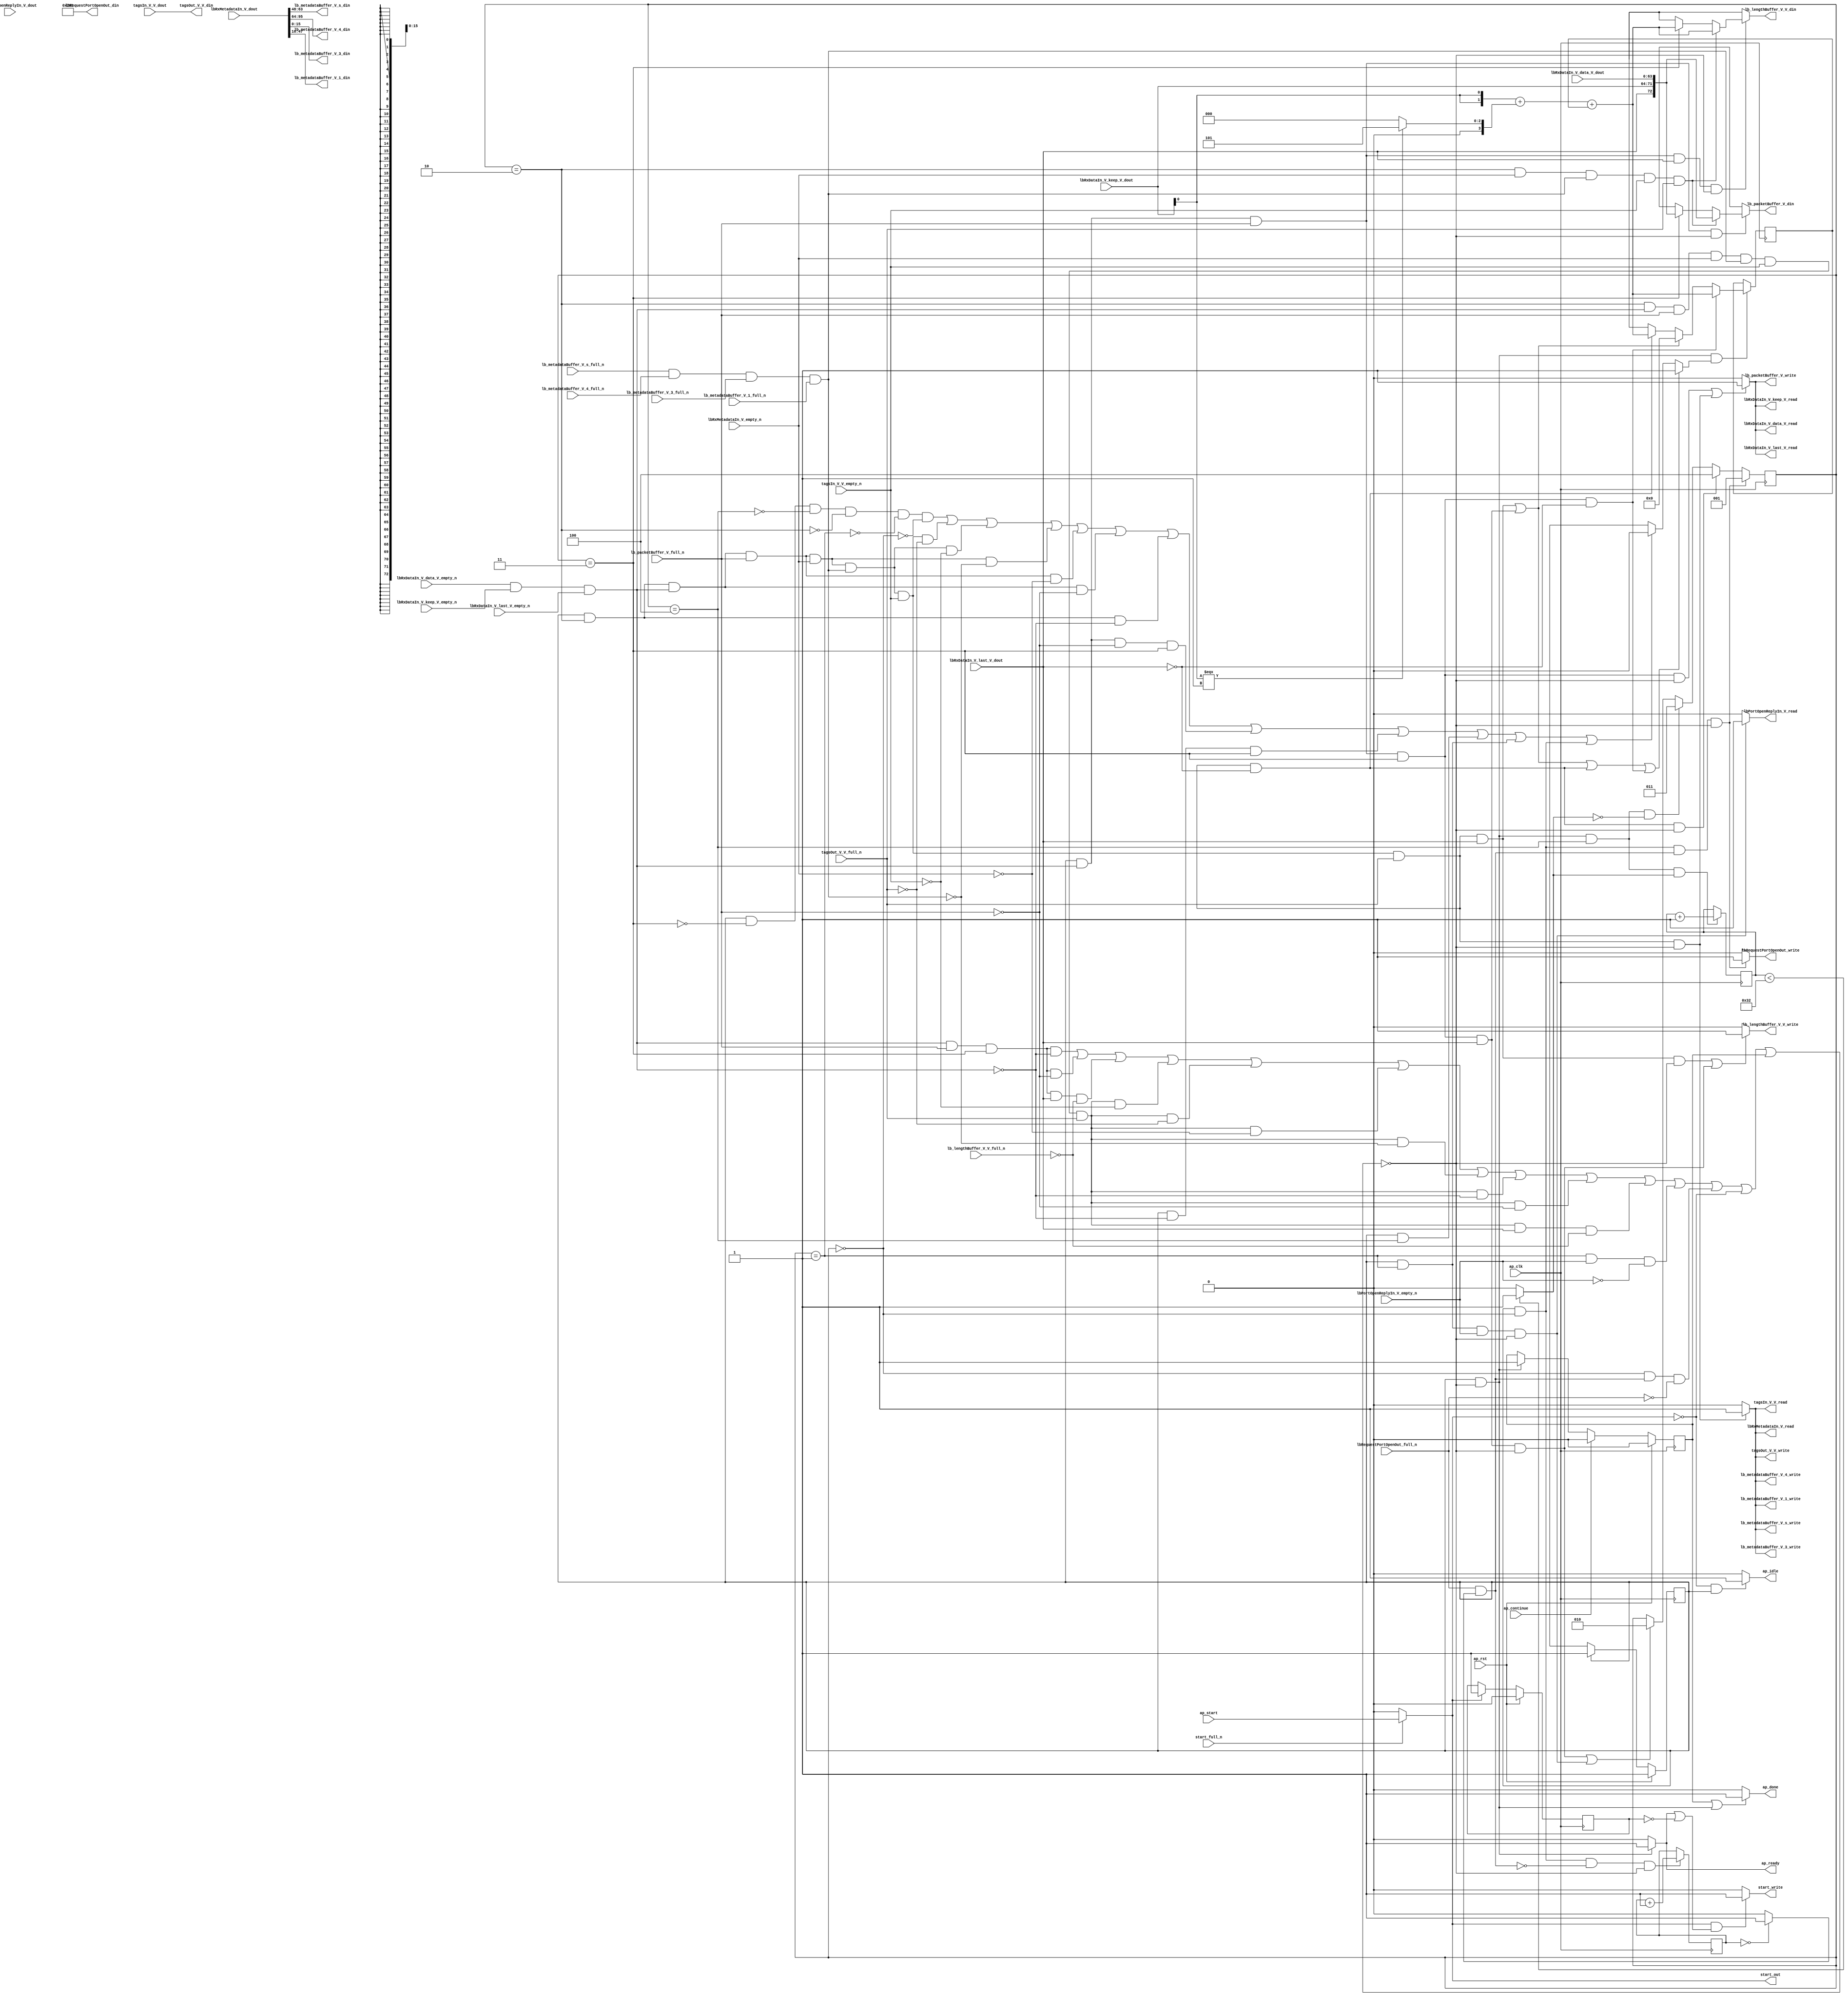
// ==============================================================
// RTL generated by Vivado(TM) HLS - High-Level Synthesis from C, C++ and SystemC
// Version: 2016.3
// Copyright (C) 1986-2016 Xilinx, Inc. All Rights Reserved.
// 
// ===========================================================

`timescale 1 ns / 1 ps 

module rxPath (
        ap_clk,
        ap_rst,
        ap_start,
        start_full_n,
        ap_done,
        ap_continue,
        ap_idle,
        ap_ready,
        start_out,
        start_write,
        lbRxDataIn_V_data_V_dout,
        lbRxDataIn_V_data_V_empty_n,
        lbRxDataIn_V_data_V_read,
        lbRxDataIn_V_keep_V_dout,
        lbRxDataIn_V_keep_V_empty_n,
        lbRxDataIn_V_keep_V_read,
        lbRxDataIn_V_last_V_dout,
        lbRxDataIn_V_last_V_empty_n,
        lbRxDataIn_V_last_V_read,
        lbRxMetadataIn_V_dout,
        lbRxMetadataIn_V_empty_n,
        lbRxMetadataIn_V_read,
        lbRequestPortOpenOut_din,
        lbRequestPortOpenOut_full_n,
        lbRequestPortOpenOut_write,
        lbPortOpenReplyIn_V_dout,
        lbPortOpenReplyIn_V_empty_n,
        lbPortOpenReplyIn_V_read,
        tagsIn_V_V_dout,
        tagsIn_V_V_empty_n,
        tagsIn_V_V_read,
        tagsOut_V_V_din,
        tagsOut_V_V_full_n,
        tagsOut_V_V_write,
        lb_packetBuffer_V_din,
        lb_packetBuffer_V_full_n,
        lb_packetBuffer_V_write,
        lb_metadataBuffer_V_s_din,
        lb_metadataBuffer_V_s_full_n,
        lb_metadataBuffer_V_s_write,
        lb_metadataBuffer_V_4_din,
        lb_metadataBuffer_V_4_full_n,
        lb_metadataBuffer_V_4_write,
        lb_metadataBuffer_V_3_din,
        lb_metadataBuffer_V_3_full_n,
        lb_metadataBuffer_V_3_write,
        lb_metadataBuffer_V_1_din,
        lb_metadataBuffer_V_1_full_n,
        lb_metadataBuffer_V_1_write,
        lb_lengthBuffer_V_V_din,
        lb_lengthBuffer_V_V_full_n,
        lb_lengthBuffer_V_V_write
);

parameter    ap_ST_fsm_state1 = 1'b1;
parameter    ap_const_lv32_0 = 32'b00000000000000000000000000000000;
parameter    ap_const_lv3_0 = 3'b000;
parameter    ap_const_lv16_0 = 16'b0000000000000000;
parameter    ap_const_lv3_2 = 3'b10;
parameter    ap_const_lv3_3 = 3'b11;
parameter    ap_const_lv3_1 = 3'b1;
parameter    ap_const_lv3_4 = 3'b100;
parameter    ap_const_lv16_281 = 16'b1010000001;
parameter    ap_const_lv4_5 = 4'b101;
parameter    ap_const_lv4_0 = 4'b0000;
parameter    ap_const_lv8_32 = 8'b110010;
parameter    ap_const_lv8_1 = 8'b1;
parameter    ap_const_lv32_10 = 32'b10000;
parameter    ap_const_lv32_2F = 32'b101111;
parameter    ap_const_lv32_30 = 32'b110000;
parameter    ap_const_lv32_3F = 32'b111111;
parameter    ap_const_lv32_40 = 32'b1000000;
parameter    ap_const_lv32_5F = 32'b1011111;
parameter    ap_const_lv32_FFFFFFFF = 32'b11111111111111111111111111111111;

input   ap_clk;
input   ap_rst;
input   ap_start;
input   start_full_n;
output   ap_done;
input   ap_continue;
output   ap_idle;
output   ap_ready;
output   start_out;
output   start_write;
input  [63:0] lbRxDataIn_V_data_V_dout;
input   lbRxDataIn_V_data_V_empty_n;
output   lbRxDataIn_V_data_V_read;
input  [7:0] lbRxDataIn_V_keep_V_dout;
input   lbRxDataIn_V_keep_V_empty_n;
output   lbRxDataIn_V_keep_V_read;
input  [0:0] lbRxDataIn_V_last_V_dout;
input   lbRxDataIn_V_last_V_empty_n;
output   lbRxDataIn_V_last_V_read;
input  [95:0] lbRxMetadataIn_V_dout;
input   lbRxMetadataIn_V_empty_n;
output   lbRxMetadataIn_V_read;
output  [15:0] lbRequestPortOpenOut_din;
input   lbRequestPortOpenOut_full_n;
output   lbRequestPortOpenOut_write;
input   lbPortOpenReplyIn_V_dout;
input   lbPortOpenReplyIn_V_empty_n;
output   lbPortOpenReplyIn_V_read;
input  [63:0] tagsIn_V_V_dout;
input   tagsIn_V_V_empty_n;
output   tagsIn_V_V_read;
output  [63:0] tagsOut_V_V_din;
input   tagsOut_V_V_full_n;
output   tagsOut_V_V_write;
output  [72:0] lb_packetBuffer_V_din;
input   lb_packetBuffer_V_full_n;
output   lb_packetBuffer_V_write;
output  [15:0] lb_metadataBuffer_V_s_din;
input   lb_metadataBuffer_V_s_full_n;
output   lb_metadataBuffer_V_s_write;
output  [31:0] lb_metadataBuffer_V_4_din;
input   lb_metadataBuffer_V_4_full_n;
output   lb_metadataBuffer_V_4_write;
output  [15:0] lb_metadataBuffer_V_3_din;
input   lb_metadataBuffer_V_3_full_n;
output   lb_metadataBuffer_V_3_write;
output  [31:0] lb_metadataBuffer_V_1_din;
input   lb_metadataBuffer_V_1_full_n;
output   lb_metadataBuffer_V_1_write;
output  [15:0] lb_lengthBuffer_V_V_din;
input   lb_lengthBuffer_V_V_full_n;
output   lb_lengthBuffer_V_V_write;

reg ap_done;
reg ap_idle;
reg start_write;
reg lbRxMetadataIn_V_read;
reg lbRequestPortOpenOut_write;
reg lbPortOpenReplyIn_V_read;
reg tagsIn_V_V_read;
reg tagsOut_V_V_write;
reg[72:0] lb_packetBuffer_V_din;
reg lb_packetBuffer_V_write;
reg[15:0] lb_lengthBuffer_V_V_din;
reg lb_lengthBuffer_V_V_write;

reg    real_start;
reg    ap_done_reg;
(* fsm_encoding = "none" *) reg   [0:0] ap_CS_fsm;
wire   [0:0] ap_CS_fsm_state1;
reg    internal_ap_ready;
reg    start_once_reg;
reg   [2:0] sinkState;
reg   [15:0] lbPacketLength;
reg   [31:0] openPortWaitTime_V;
reg   [7:0] wait_r;
reg    lbRxDataIn_V_data_V_blk_n;
wire   [2:0] sinkState_load_load_fu_418_p1;
wire   [0:0] grp_nbreadreq_fu_148_p5;
wire   [0:0] grp_nbwritereq_fu_160_p3;
wire   [0:0] tmp_11_nbreadreq_fu_192_p3;
wire   [0:0] tmp_13_nbwritereq_fu_200_p6;
wire   [0:0] tmp_14_nbreadreq_fu_214_p3;
wire   [0:0] tmp_15_nbwritereq_fu_222_p3;
reg    lbRxDataIn_V_keep_V_blk_n;
reg    lbRxDataIn_V_last_V_blk_n;
reg    lbRxMetadataIn_V_blk_n;
reg    lbRequestPortOpenOut_blk_n;
wire   [0:0] or_cond_i_fu_614_p2;
reg    lbPortOpenReplyIn_V_blk_n;
wire   [0:0] tmp_6_nbreadreq_fu_266_p3;
reg    tagsIn_V_V_blk_n;
reg    tagsOut_V_V_blk_n;
reg    lb_packetBuffer_V_blk_n;
reg    lb_metadataBuffer_V_s_blk_n;
reg    lb_metadataBuffer_V_4_blk_n;
reg    lb_metadataBuffer_V_3_blk_n;
reg    lb_metadataBuffer_V_1_blk_n;
reg    lb_lengthBuffer_V_V_blk_n;
reg   [0:0] lbPacketLength_flag_s_phi_fu_299_p32;
wire    lbRxDataIn_V_data_V0_status;
wire    lb_metadataBuffer_V_s1_status;
reg    ap_condition_211;
wire   [15:0] tmp_V_2_fu_590_p2;
reg   [15:0] lbPacketLength_new_4_phi_fu_352_p32;
wire   [15:0] tmp_V_fu_471_p2;
reg    lbRxDataIn_V_data_V0_update;
wire   [72:0] tmp_228_fu_426_p4;
wire   [72:0] tmp_121_fu_545_p4;
reg    lb_metadataBuffer_V_s1_update;
wire   [0:0] tmp_i_fu_483_p2;
wire   [31:0] tmp_3_i_fu_620_p2;
wire   [7:0] tmp_5_i_fu_495_p2;
wire   [0:0] tmp_12_fu_437_p1;
wire   [1:0] tmp_12_i_fu_441_p3;
wire   [3:0] tmp_12_cast_i_fu_449_p1;
wire   [3:0] factor1_cast_i_cast_s_fu_453_p3;
wire   [3:0] counter_V_fu_461_p2;
wire   [15:0] tmp_14_i_fu_467_p1;
wire   [0:0] tmp_17_fu_556_p1;
wire   [1:0] tmp_19_i_fu_560_p3;
wire   [3:0] tmp_19_cast_i_fu_568_p1;
wire   [3:0] factor_cast_i_cast_c_fu_572_p3;
wire   [3:0] counter_V_1_fu_580_p2;
wire   [15:0] tmp_20_i_fu_586_p1;
wire   [0:0] or_cond_i_fu_614_p0;
wire   [0:0] tmp_2_i_fu_608_p2;
reg   [0:0] ap_NS_fsm;
reg    ap_condition_504;
reg    ap_condition_500;
reg    ap_condition_509;

// power-on initialization
initial begin
#0 ap_done_reg = 1'b0;
#0 ap_CS_fsm = 1'b1;
#0 start_once_reg = 1'b0;
#0 sinkState = 3'b000;
#0 lbPacketLength = 16'b0000000000000000;
#0 openPortWaitTime_V = 32'b1100100;
#0 wait_r = 8'b00000000;
end

always @ (posedge ap_clk) begin
    if (ap_rst == 1'b1) begin
        ap_CS_fsm <= ap_ST_fsm_state1;
    end else begin
        ap_CS_fsm <= ap_NS_fsm;
    end
end

always @ (posedge ap_clk) begin
    if (ap_rst == 1'b1) begin
        ap_done_reg <= 1'b0;
    end else begin
        if ((1'b1 == ap_continue)) begin
            ap_done_reg <= 1'b0;
        end else if (((ap_CS_fsm_state1 == 1'b1) & ~(ap_condition_211 == 1'b1))) begin
            ap_done_reg <= 1'b1;
        end
    end
end

always @ (posedge ap_clk) begin
    if (ap_rst == 1'b1) begin
        start_once_reg <= 1'b0;
    end else begin
        if ((1'b1 == real_start)) begin
            start_once_reg <= 1'b1;
        end
    end
end

always @ (posedge ap_clk) begin
    if (((ap_CS_fsm_state1 == 1'b1) & (ap_const_lv3_0 == sinkState) & ~(1'b0 == or_cond_i_fu_614_p2) & ~(ap_condition_211 == 1'b1))) begin
        sinkState <= ap_const_lv3_1;
    end else if (((ap_CS_fsm_state1 == 1'b1) & (sinkState == ap_const_lv3_2) & ~(grp_nbreadreq_fu_148_p5 == 1'b0) & ~(1'b0 == grp_nbwritereq_fu_160_p3) & ~(1'b0 == tmp_11_nbreadreq_fu_192_p3) & ~(1'b0 == tmp_13_nbwritereq_fu_200_p6) & ~(1'b0 == tmp_14_nbreadreq_fu_214_p3) & ~(1'b0 == tmp_15_nbwritereq_fu_222_p3) & (1'b0 == lbRxDataIn_V_last_V_dout) & ~(ap_condition_211 == 1'b1))) begin
        sinkState <= ap_const_lv3_4;
    end else if (((ap_CS_fsm_state1 == 1'b1) & ~(ap_condition_211 == 1'b1) & (sinkState_load_load_fu_418_p1 == ap_const_lv3_4) & (1'b0 == tmp_i_fu_483_p2))) begin
        sinkState <= ap_const_lv3_3;
    end else if ((((ap_CS_fsm_state1 == 1'b1) & ~(grp_nbreadreq_fu_148_p5 == 1'b0) & ~(1'b0 == grp_nbwritereq_fu_160_p3) & (sinkState == ap_const_lv3_3) & ~(1'b0 == lbRxDataIn_V_last_V_dout) & ~(ap_condition_211 == 1'b1)) | ((ap_CS_fsm_state1 == 1'b1) & (sinkState == ap_const_lv3_1) & ~(1'b0 == tmp_6_nbreadreq_fu_266_p3) & ~(ap_condition_211 == 1'b1)))) begin
        sinkState <= ap_const_lv3_2;
    end
end

always @ (posedge ap_clk) begin
    if (((ap_CS_fsm_state1 == 1'b1) & ~(ap_condition_211 == 1'b1) & ~(1'b0 == lbPacketLength_flag_s_phi_fu_299_p32))) begin
        lbPacketLength <= lbPacketLength_new_4_phi_fu_352_p32;
    end
end

always @ (posedge ap_clk) begin
    if (((ap_CS_fsm_state1 == 1'b1) & (ap_const_lv3_0 == sinkState) & (1'b0 == or_cond_i_fu_614_p2) & ~(ap_condition_211 == 1'b1))) begin
        openPortWaitTime_V <= tmp_3_i_fu_620_p2;
    end
end

always @ (posedge ap_clk) begin
    if (((ap_CS_fsm_state1 == 1'b1) & ~(ap_condition_211 == 1'b1) & (sinkState_load_load_fu_418_p1 == ap_const_lv3_4) & ~(1'b0 == tmp_i_fu_483_p2))) begin
        wait_r <= tmp_5_i_fu_495_p2;
    end
end

always @ (*) begin
    if (((1'b1 == ap_done_reg) | ((ap_CS_fsm_state1 == 1'b1) & ~(ap_condition_211 == 1'b1)))) begin
        ap_done = 1'b1;
    end else begin
        ap_done = 1'b0;
    end
end

always @ (*) begin
    if (((1'b0 == real_start) & (ap_CS_fsm_state1 == 1'b1))) begin
        ap_idle = 1'b1;
    end else begin
        ap_idle = 1'b0;
    end
end

always @ (*) begin
    if (((ap_CS_fsm_state1 == 1'b1) & ~(ap_condition_211 == 1'b1))) begin
        internal_ap_ready = 1'b1;
    end else begin
        internal_ap_ready = 1'b0;
    end
end

always @ (*) begin
    if ((((ap_CS_fsm_state1 == 1'b1) & (sinkState == ap_const_lv3_2) & ~(grp_nbreadreq_fu_148_p5 == 1'b0) & ~(1'b0 == grp_nbwritereq_fu_160_p3) & ~(1'b0 == tmp_11_nbreadreq_fu_192_p3) & ~(1'b0 == tmp_13_nbwritereq_fu_200_p6) & ~(1'b0 == tmp_14_nbreadreq_fu_214_p3) & ~(1'b0 == tmp_15_nbwritereq_fu_222_p3) & ~(1'b0 == lbRxDataIn_V_last_V_dout)) | ((ap_CS_fsm_state1 == 1'b1) & ~(grp_nbreadreq_fu_148_p5 == 1'b0) & ~(1'b0 == grp_nbwritereq_fu_160_p3) & (sinkState == ap_const_lv3_3) & ~(1'b0 == lbRxDataIn_V_last_V_dout)) | ((ap_CS_fsm_state1 == 1'b1) & (sinkState == ap_const_lv3_2) & ~(grp_nbreadreq_fu_148_p5 == 1'b0) & ~(1'b0 == grp_nbwritereq_fu_160_p3) & ~(1'b0 == tmp_11_nbreadreq_fu_192_p3) & ~(1'b0 == tmp_13_nbwritereq_fu_200_p6) & ~(1'b0 == tmp_14_nbreadreq_fu_214_p3) & ~(1'b0 == tmp_15_nbwritereq_fu_222_p3) & (1'b0 == lbRxDataIn_V_last_V_dout)) | ((ap_CS_fsm_state1 == 1'b1) & ~(grp_nbreadreq_fu_148_p5 == 1'b0) & ~(1'b0 == grp_nbwritereq_fu_160_p3) & (sinkState == ap_const_lv3_3) & (1'b0 == lbRxDataIn_V_last_V_dout)))) begin
        lbPacketLength_flag_s_phi_fu_299_p32 = 1'b1;
    end else if ((((ap_CS_fsm_state1 == 1'b1) & ~(sinkState == ap_const_lv3_3) & ~(sinkState_load_load_fu_418_p1 == ap_const_lv3_4) & ~(sinkState == ap_const_lv3_2) & ~(sinkState == ap_const_lv3_1) & ~(ap_const_lv3_0 == sinkState)) | ((ap_CS_fsm_state1 == 1'b1) & (sinkState == ap_const_lv3_2) & ~(grp_nbreadreq_fu_148_p5 == 1'b0) & ~(1'b0 == grp_nbwritereq_fu_160_p3) & ~(1'b0 == tmp_11_nbreadreq_fu_192_p3) & ~(1'b0 == tmp_13_nbwritereq_fu_200_p6) & ~(1'b0 == tmp_14_nbreadreq_fu_214_p3) & (1'b0 == tmp_15_nbwritereq_fu_222_p3)) | ((ap_CS_fsm_state1 == 1'b1) & (sinkState == ap_const_lv3_2) & ~(grp_nbreadreq_fu_148_p5 == 1'b0) & ~(1'b0 == grp_nbwritereq_fu_160_p3) & ~(1'b0 == tmp_11_nbreadreq_fu_192_p3) & ~(1'b0 == tmp_13_nbwritereq_fu_200_p6) & (1'b0 == tmp_14_nbreadreq_fu_214_p3)) | ((ap_CS_fsm_state1 == 1'b1) & (sinkState == ap_const_lv3_2) & ~(grp_nbreadreq_fu_148_p5 == 1'b0) & ~(1'b0 == grp_nbwritereq_fu_160_p3) & ~(1'b0 == tmp_11_nbreadreq_fu_192_p3) & (1'b0 == tmp_13_nbwritereq_fu_200_p6)) | ((ap_CS_fsm_state1 == 1'b1) & (sinkState == ap_const_lv3_2) & ~(grp_nbreadreq_fu_148_p5 == 1'b0) & ~(1'b0 == grp_nbwritereq_fu_160_p3) & (1'b0 == tmp_11_nbreadreq_fu_192_p3)) | ((ap_CS_fsm_state1 == 1'b1) & (sinkState == ap_const_lv3_2) & ~(grp_nbreadreq_fu_148_p5 == 1'b0) & (1'b0 == grp_nbwritereq_fu_160_p3)) | ((ap_CS_fsm_state1 == 1'b1) & (sinkState == ap_const_lv3_2) & (grp_nbreadreq_fu_148_p5 == 1'b0)) | ((ap_CS_fsm_state1 == 1'b1) & ~(grp_nbreadreq_fu_148_p5 == 1'b0) & (1'b0 == grp_nbwritereq_fu_160_p3) & (sinkState == ap_const_lv3_3)) | ((ap_CS_fsm_state1 == 1'b1) & (grp_nbreadreq_fu_148_p5 == 1'b0) & (sinkState == ap_const_lv3_3)) | ((ap_CS_fsm_state1 == 1'b1) & (sinkState_load_load_fu_418_p1 == ap_const_lv3_4)) | ((ap_CS_fsm_state1 == 1'b1) & (sinkState == ap_const_lv3_1)) | ((ap_CS_fsm_state1 == 1'b1) & (ap_const_lv3_0 == sinkState)))) begin
        lbPacketLength_flag_s_phi_fu_299_p32 = 1'b0;
    end else begin
        lbPacketLength_flag_s_phi_fu_299_p32 = 'bx;
    end
end

always @ (*) begin
    if (((ap_CS_fsm_state1 == 1'b1) & ~(grp_nbreadreq_fu_148_p5 == 1'b0) & ~(1'b0 == grp_nbwritereq_fu_160_p3) & (sinkState == ap_const_lv3_3) & (1'b0 == lbRxDataIn_V_last_V_dout))) begin
        lbPacketLength_new_4_phi_fu_352_p32 = tmp_V_fu_471_p2;
    end else if ((((ap_CS_fsm_state1 == 1'b1) & (sinkState == ap_const_lv3_2) & ~(grp_nbreadreq_fu_148_p5 == 1'b0) & ~(1'b0 == grp_nbwritereq_fu_160_p3) & ~(1'b0 == tmp_11_nbreadreq_fu_192_p3) & ~(1'b0 == tmp_13_nbwritereq_fu_200_p6) & ~(1'b0 == tmp_14_nbreadreq_fu_214_p3) & ~(1'b0 == tmp_15_nbwritereq_fu_222_p3) & ~(1'b0 == lbRxDataIn_V_last_V_dout)) | ((ap_CS_fsm_state1 == 1'b1) & ~(grp_nbreadreq_fu_148_p5 == 1'b0) & ~(1'b0 == grp_nbwritereq_fu_160_p3) & (sinkState == ap_const_lv3_3) & ~(1'b0 == lbRxDataIn_V_last_V_dout)))) begin
        lbPacketLength_new_4_phi_fu_352_p32 = ap_const_lv16_0;
    end else if (((ap_CS_fsm_state1 == 1'b1) & (sinkState == ap_const_lv3_2) & ~(grp_nbreadreq_fu_148_p5 == 1'b0) & ~(1'b0 == grp_nbwritereq_fu_160_p3) & ~(1'b0 == tmp_11_nbreadreq_fu_192_p3) & ~(1'b0 == tmp_13_nbwritereq_fu_200_p6) & ~(1'b0 == tmp_14_nbreadreq_fu_214_p3) & ~(1'b0 == tmp_15_nbwritereq_fu_222_p3) & (1'b0 == lbRxDataIn_V_last_V_dout))) begin
        lbPacketLength_new_4_phi_fu_352_p32 = tmp_V_2_fu_590_p2;
    end else begin
        lbPacketLength_new_4_phi_fu_352_p32 = 'bx;
    end
end

always @ (*) begin
    if (((ap_CS_fsm_state1 == 1'b1) & (sinkState == ap_const_lv3_1) & ~(1'b0 == tmp_6_nbreadreq_fu_266_p3))) begin
        lbPortOpenReplyIn_V_blk_n = lbPortOpenReplyIn_V_empty_n;
    end else begin
        lbPortOpenReplyIn_V_blk_n = 1'b1;
    end
end

always @ (*) begin
    if (((ap_CS_fsm_state1 == 1'b1) & (sinkState == ap_const_lv3_1) & ~(1'b0 == tmp_6_nbreadreq_fu_266_p3) & ~(ap_condition_211 == 1'b1))) begin
        lbPortOpenReplyIn_V_read = 1'b1;
    end else begin
        lbPortOpenReplyIn_V_read = 1'b0;
    end
end

always @ (*) begin
    if (((ap_CS_fsm_state1 == 1'b1) & (ap_const_lv3_0 == sinkState) & ~(1'b0 == or_cond_i_fu_614_p2))) begin
        lbRequestPortOpenOut_blk_n = lbRequestPortOpenOut_full_n;
    end else begin
        lbRequestPortOpenOut_blk_n = 1'b1;
    end
end

always @ (*) begin
    if (((ap_CS_fsm_state1 == 1'b1) & (ap_const_lv3_0 == sinkState) & ~(1'b0 == or_cond_i_fu_614_p2) & ~(ap_condition_211 == 1'b1))) begin
        lbRequestPortOpenOut_write = 1'b1;
    end else begin
        lbRequestPortOpenOut_write = 1'b0;
    end
end

always @ (*) begin
    if ((((ap_CS_fsm_state1 == 1'b1) & ~(grp_nbreadreq_fu_148_p5 == 1'b0) & ~(1'b0 == grp_nbwritereq_fu_160_p3) & (sinkState == ap_const_lv3_3) & ~(ap_condition_211 == 1'b1)) | ((ap_CS_fsm_state1 == 1'b1) & (sinkState == ap_const_lv3_2) & ~(grp_nbreadreq_fu_148_p5 == 1'b0) & ~(1'b0 == grp_nbwritereq_fu_160_p3) & ~(1'b0 == tmp_11_nbreadreq_fu_192_p3) & ~(1'b0 == tmp_13_nbwritereq_fu_200_p6) & ~(1'b0 == tmp_14_nbreadreq_fu_214_p3) & ~(1'b0 == tmp_15_nbwritereq_fu_222_p3) & ~(ap_condition_211 == 1'b1)))) begin
        lbRxDataIn_V_data_V0_update = 1'b1;
    end else begin
        lbRxDataIn_V_data_V0_update = 1'b0;
    end
end

always @ (*) begin
    if ((((ap_CS_fsm_state1 == 1'b1) & (sinkState == ap_const_lv3_2) & ~(grp_nbreadreq_fu_148_p5 == 1'b0) & ~(1'b0 == grp_nbwritereq_fu_160_p3) & ~(1'b0 == tmp_11_nbreadreq_fu_192_p3) & ~(1'b0 == tmp_13_nbwritereq_fu_200_p6) & ~(1'b0 == tmp_14_nbreadreq_fu_214_p3) & ~(1'b0 == tmp_15_nbwritereq_fu_222_p3)) | ((ap_CS_fsm_state1 == 1'b1) & ~(grp_nbreadreq_fu_148_p5 == 1'b0) & ~(1'b0 == grp_nbwritereq_fu_160_p3) & (sinkState == ap_const_lv3_3)))) begin
        lbRxDataIn_V_data_V_blk_n = lbRxDataIn_V_data_V_empty_n;
    end else begin
        lbRxDataIn_V_data_V_blk_n = 1'b1;
    end
end

always @ (*) begin
    if ((((ap_CS_fsm_state1 == 1'b1) & (sinkState == ap_const_lv3_2) & ~(grp_nbreadreq_fu_148_p5 == 1'b0) & ~(1'b0 == grp_nbwritereq_fu_160_p3) & ~(1'b0 == tmp_11_nbreadreq_fu_192_p3) & ~(1'b0 == tmp_13_nbwritereq_fu_200_p6) & ~(1'b0 == tmp_14_nbreadreq_fu_214_p3) & ~(1'b0 == tmp_15_nbwritereq_fu_222_p3)) | ((ap_CS_fsm_state1 == 1'b1) & ~(grp_nbreadreq_fu_148_p5 == 1'b0) & ~(1'b0 == grp_nbwritereq_fu_160_p3) & (sinkState == ap_const_lv3_3)))) begin
        lbRxDataIn_V_keep_V_blk_n = lbRxDataIn_V_keep_V_empty_n;
    end else begin
        lbRxDataIn_V_keep_V_blk_n = 1'b1;
    end
end

always @ (*) begin
    if ((((ap_CS_fsm_state1 == 1'b1) & (sinkState == ap_const_lv3_2) & ~(grp_nbreadreq_fu_148_p5 == 1'b0) & ~(1'b0 == grp_nbwritereq_fu_160_p3) & ~(1'b0 == tmp_11_nbreadreq_fu_192_p3) & ~(1'b0 == tmp_13_nbwritereq_fu_200_p6) & ~(1'b0 == tmp_14_nbreadreq_fu_214_p3) & ~(1'b0 == tmp_15_nbwritereq_fu_222_p3)) | ((ap_CS_fsm_state1 == 1'b1) & ~(grp_nbreadreq_fu_148_p5 == 1'b0) & ~(1'b0 == grp_nbwritereq_fu_160_p3) & (sinkState == ap_const_lv3_3)))) begin
        lbRxDataIn_V_last_V_blk_n = lbRxDataIn_V_last_V_empty_n;
    end else begin
        lbRxDataIn_V_last_V_blk_n = 1'b1;
    end
end

always @ (*) begin
    if (((ap_CS_fsm_state1 == 1'b1) & (sinkState == ap_const_lv3_2) & ~(grp_nbreadreq_fu_148_p5 == 1'b0) & ~(1'b0 == grp_nbwritereq_fu_160_p3) & ~(1'b0 == tmp_11_nbreadreq_fu_192_p3) & ~(1'b0 == tmp_13_nbwritereq_fu_200_p6) & ~(1'b0 == tmp_14_nbreadreq_fu_214_p3) & ~(1'b0 == tmp_15_nbwritereq_fu_222_p3))) begin
        lbRxMetadataIn_V_blk_n = lbRxMetadataIn_V_empty_n;
    end else begin
        lbRxMetadataIn_V_blk_n = 1'b1;
    end
end

always @ (*) begin
    if (((ap_CS_fsm_state1 == 1'b1) & (sinkState == ap_const_lv3_2) & ~(grp_nbreadreq_fu_148_p5 == 1'b0) & ~(1'b0 == grp_nbwritereq_fu_160_p3) & ~(1'b0 == tmp_11_nbreadreq_fu_192_p3) & ~(1'b0 == tmp_13_nbwritereq_fu_200_p6) & ~(1'b0 == tmp_14_nbreadreq_fu_214_p3) & ~(1'b0 == tmp_15_nbwritereq_fu_222_p3) & ~(ap_condition_211 == 1'b1))) begin
        lbRxMetadataIn_V_read = 1'b1;
    end else begin
        lbRxMetadataIn_V_read = 1'b0;
    end
end

always @ (*) begin
    if ((((ap_CS_fsm_state1 == 1'b1) & (sinkState == ap_const_lv3_2) & ~(grp_nbreadreq_fu_148_p5 == 1'b0) & ~(1'b0 == grp_nbwritereq_fu_160_p3) & ~(1'b0 == tmp_11_nbreadreq_fu_192_p3) & ~(1'b0 == tmp_13_nbwritereq_fu_200_p6) & ~(1'b0 == tmp_14_nbreadreq_fu_214_p3) & ~(1'b0 == tmp_15_nbwritereq_fu_222_p3) & ~(1'b0 == lbRxDataIn_V_last_V_dout)) | ((ap_CS_fsm_state1 == 1'b1) & ~(grp_nbreadreq_fu_148_p5 == 1'b0) & ~(1'b0 == grp_nbwritereq_fu_160_p3) & (sinkState == ap_const_lv3_3) & ~(1'b0 == lbRxDataIn_V_last_V_dout)))) begin
        lb_lengthBuffer_V_V_blk_n = lb_lengthBuffer_V_V_full_n;
    end else begin
        lb_lengthBuffer_V_V_blk_n = 1'b1;
    end
end

always @ (*) begin
    if ((ap_condition_500 == 1'b1)) begin
        if ((ap_condition_504 == 1'b1)) begin
            lb_lengthBuffer_V_V_din = tmp_V_2_fu_590_p2;
        end else if ((sinkState == ap_const_lv3_3)) begin
            lb_lengthBuffer_V_V_din = tmp_V_fu_471_p2;
        end else begin
            lb_lengthBuffer_V_V_din = 'bx;
        end
    end else begin
        lb_lengthBuffer_V_V_din = 'bx;
    end
end

always @ (*) begin
    if ((((ap_CS_fsm_state1 == 1'b1) & (sinkState == ap_const_lv3_2) & ~(grp_nbreadreq_fu_148_p5 == 1'b0) & ~(1'b0 == grp_nbwritereq_fu_160_p3) & ~(1'b0 == tmp_11_nbreadreq_fu_192_p3) & ~(1'b0 == tmp_13_nbwritereq_fu_200_p6) & ~(1'b0 == tmp_14_nbreadreq_fu_214_p3) & ~(1'b0 == tmp_15_nbwritereq_fu_222_p3) & ~(1'b0 == lbRxDataIn_V_last_V_dout) & ~(ap_condition_211 == 1'b1)) | ((ap_CS_fsm_state1 == 1'b1) & ~(grp_nbreadreq_fu_148_p5 == 1'b0) & ~(1'b0 == grp_nbwritereq_fu_160_p3) & (sinkState == ap_const_lv3_3) & ~(1'b0 == lbRxDataIn_V_last_V_dout) & ~(ap_condition_211 == 1'b1)))) begin
        lb_lengthBuffer_V_V_write = 1'b1;
    end else begin
        lb_lengthBuffer_V_V_write = 1'b0;
    end
end

always @ (*) begin
    if (((ap_CS_fsm_state1 == 1'b1) & (sinkState == ap_const_lv3_2) & ~(grp_nbreadreq_fu_148_p5 == 1'b0) & ~(1'b0 == grp_nbwritereq_fu_160_p3) & ~(1'b0 == tmp_11_nbreadreq_fu_192_p3) & ~(1'b0 == tmp_13_nbwritereq_fu_200_p6) & ~(1'b0 == tmp_14_nbreadreq_fu_214_p3) & ~(1'b0 == tmp_15_nbwritereq_fu_222_p3))) begin
        lb_metadataBuffer_V_1_blk_n = lb_metadataBuffer_V_1_full_n;
    end else begin
        lb_metadataBuffer_V_1_blk_n = 1'b1;
    end
end

always @ (*) begin
    if (((ap_CS_fsm_state1 == 1'b1) & (sinkState == ap_const_lv3_2) & ~(grp_nbreadreq_fu_148_p5 == 1'b0) & ~(1'b0 == grp_nbwritereq_fu_160_p3) & ~(1'b0 == tmp_11_nbreadreq_fu_192_p3) & ~(1'b0 == tmp_13_nbwritereq_fu_200_p6) & ~(1'b0 == tmp_14_nbreadreq_fu_214_p3) & ~(1'b0 == tmp_15_nbwritereq_fu_222_p3))) begin
        lb_metadataBuffer_V_3_blk_n = lb_metadataBuffer_V_3_full_n;
    end else begin
        lb_metadataBuffer_V_3_blk_n = 1'b1;
    end
end

always @ (*) begin
    if (((ap_CS_fsm_state1 == 1'b1) & (sinkState == ap_const_lv3_2) & ~(grp_nbreadreq_fu_148_p5 == 1'b0) & ~(1'b0 == grp_nbwritereq_fu_160_p3) & ~(1'b0 == tmp_11_nbreadreq_fu_192_p3) & ~(1'b0 == tmp_13_nbwritereq_fu_200_p6) & ~(1'b0 == tmp_14_nbreadreq_fu_214_p3) & ~(1'b0 == tmp_15_nbwritereq_fu_222_p3))) begin
        lb_metadataBuffer_V_4_blk_n = lb_metadataBuffer_V_4_full_n;
    end else begin
        lb_metadataBuffer_V_4_blk_n = 1'b1;
    end
end

always @ (*) begin
    if (((ap_CS_fsm_state1 == 1'b1) & (sinkState == ap_const_lv3_2) & ~(grp_nbreadreq_fu_148_p5 == 1'b0) & ~(1'b0 == grp_nbwritereq_fu_160_p3) & ~(1'b0 == tmp_11_nbreadreq_fu_192_p3) & ~(1'b0 == tmp_13_nbwritereq_fu_200_p6) & ~(1'b0 == tmp_14_nbreadreq_fu_214_p3) & ~(1'b0 == tmp_15_nbwritereq_fu_222_p3) & ~(ap_condition_211 == 1'b1))) begin
        lb_metadataBuffer_V_s1_update = 1'b1;
    end else begin
        lb_metadataBuffer_V_s1_update = 1'b0;
    end
end

always @ (*) begin
    if (((ap_CS_fsm_state1 == 1'b1) & (sinkState == ap_const_lv3_2) & ~(grp_nbreadreq_fu_148_p5 == 1'b0) & ~(1'b0 == grp_nbwritereq_fu_160_p3) & ~(1'b0 == tmp_11_nbreadreq_fu_192_p3) & ~(1'b0 == tmp_13_nbwritereq_fu_200_p6) & ~(1'b0 == tmp_14_nbreadreq_fu_214_p3) & ~(1'b0 == tmp_15_nbwritereq_fu_222_p3))) begin
        lb_metadataBuffer_V_s_blk_n = lb_metadataBuffer_V_s_full_n;
    end else begin
        lb_metadataBuffer_V_s_blk_n = 1'b1;
    end
end

always @ (*) begin
    if ((((ap_CS_fsm_state1 == 1'b1) & (sinkState == ap_const_lv3_2) & ~(grp_nbreadreq_fu_148_p5 == 1'b0) & ~(1'b0 == grp_nbwritereq_fu_160_p3) & ~(1'b0 == tmp_11_nbreadreq_fu_192_p3) & ~(1'b0 == tmp_13_nbwritereq_fu_200_p6) & ~(1'b0 == tmp_14_nbreadreq_fu_214_p3) & ~(1'b0 == tmp_15_nbwritereq_fu_222_p3)) | ((ap_CS_fsm_state1 == 1'b1) & ~(grp_nbreadreq_fu_148_p5 == 1'b0) & ~(1'b0 == grp_nbwritereq_fu_160_p3) & (sinkState == ap_const_lv3_3)))) begin
        lb_packetBuffer_V_blk_n = lb_packetBuffer_V_full_n;
    end else begin
        lb_packetBuffer_V_blk_n = 1'b1;
    end
end

always @ (*) begin
    if ((ap_condition_509 == 1'b1)) begin
        if ((ap_condition_504 == 1'b1)) begin
            lb_packetBuffer_V_din = tmp_121_fu_545_p4;
        end else if ((sinkState == ap_const_lv3_3)) begin
            lb_packetBuffer_V_din = tmp_228_fu_426_p4;
        end else begin
            lb_packetBuffer_V_din = 'bx;
        end
    end else begin
        lb_packetBuffer_V_din = 'bx;
    end
end

always @ (*) begin
    if ((((ap_CS_fsm_state1 == 1'b1) & ~(grp_nbreadreq_fu_148_p5 == 1'b0) & ~(1'b0 == grp_nbwritereq_fu_160_p3) & (sinkState == ap_const_lv3_3) & ~(ap_condition_211 == 1'b1)) | ((ap_CS_fsm_state1 == 1'b1) & (sinkState == ap_const_lv3_2) & ~(grp_nbreadreq_fu_148_p5 == 1'b0) & ~(1'b0 == grp_nbwritereq_fu_160_p3) & ~(1'b0 == tmp_11_nbreadreq_fu_192_p3) & ~(1'b0 == tmp_13_nbwritereq_fu_200_p6) & ~(1'b0 == tmp_14_nbreadreq_fu_214_p3) & ~(1'b0 == tmp_15_nbwritereq_fu_222_p3) & ~(ap_condition_211 == 1'b1)))) begin
        lb_packetBuffer_V_write = 1'b1;
    end else begin
        lb_packetBuffer_V_write = 1'b0;
    end
end

always @ (*) begin
    if ((1'b0 == start_full_n)) begin
        real_start = 1'b0;
    end else begin
        real_start = ap_start;
    end
end

always @ (*) begin
    if (((1'b1 == real_start) & ((1'b1 == internal_ap_ready) | (1'b0 == start_once_reg)))) begin
        start_write = 1'b1;
    end else begin
        start_write = 1'b0;
    end
end

always @ (*) begin
    if (((ap_CS_fsm_state1 == 1'b1) & (sinkState == ap_const_lv3_2) & ~(grp_nbreadreq_fu_148_p5 == 1'b0) & ~(1'b0 == grp_nbwritereq_fu_160_p3) & ~(1'b0 == tmp_11_nbreadreq_fu_192_p3) & ~(1'b0 == tmp_13_nbwritereq_fu_200_p6) & ~(1'b0 == tmp_14_nbreadreq_fu_214_p3) & ~(1'b0 == tmp_15_nbwritereq_fu_222_p3))) begin
        tagsIn_V_V_blk_n = tagsIn_V_V_empty_n;
    end else begin
        tagsIn_V_V_blk_n = 1'b1;
    end
end

always @ (*) begin
    if (((ap_CS_fsm_state1 == 1'b1) & (sinkState == ap_const_lv3_2) & ~(grp_nbreadreq_fu_148_p5 == 1'b0) & ~(1'b0 == grp_nbwritereq_fu_160_p3) & ~(1'b0 == tmp_11_nbreadreq_fu_192_p3) & ~(1'b0 == tmp_13_nbwritereq_fu_200_p6) & ~(1'b0 == tmp_14_nbreadreq_fu_214_p3) & ~(1'b0 == tmp_15_nbwritereq_fu_222_p3) & ~(ap_condition_211 == 1'b1))) begin
        tagsIn_V_V_read = 1'b1;
    end else begin
        tagsIn_V_V_read = 1'b0;
    end
end

always @ (*) begin
    if (((ap_CS_fsm_state1 == 1'b1) & (sinkState == ap_const_lv3_2) & ~(grp_nbreadreq_fu_148_p5 == 1'b0) & ~(1'b0 == grp_nbwritereq_fu_160_p3) & ~(1'b0 == tmp_11_nbreadreq_fu_192_p3) & ~(1'b0 == tmp_13_nbwritereq_fu_200_p6) & ~(1'b0 == tmp_14_nbreadreq_fu_214_p3) & ~(1'b0 == tmp_15_nbwritereq_fu_222_p3))) begin
        tagsOut_V_V_blk_n = tagsOut_V_V_full_n;
    end else begin
        tagsOut_V_V_blk_n = 1'b1;
    end
end

always @ (*) begin
    if (((ap_CS_fsm_state1 == 1'b1) & (sinkState == ap_const_lv3_2) & ~(grp_nbreadreq_fu_148_p5 == 1'b0) & ~(1'b0 == grp_nbwritereq_fu_160_p3) & ~(1'b0 == tmp_11_nbreadreq_fu_192_p3) & ~(1'b0 == tmp_13_nbwritereq_fu_200_p6) & ~(1'b0 == tmp_14_nbreadreq_fu_214_p3) & ~(1'b0 == tmp_15_nbwritereq_fu_222_p3) & ~(ap_condition_211 == 1'b1))) begin
        tagsOut_V_V_write = 1'b1;
    end else begin
        tagsOut_V_V_write = 1'b0;
    end
end

always @ (*) begin
    case (ap_CS_fsm)
        ap_ST_fsm_state1 : begin
            ap_NS_fsm = ap_ST_fsm_state1;
        end
        default : begin
            ap_NS_fsm = 'bx;
        end
    endcase
end

assign ap_CS_fsm_state1 = ap_CS_fsm[ap_const_lv32_0];

always @ (*) begin
    ap_condition_211 = ((~(grp_nbreadreq_fu_148_p5 == 1'b0) & ~(1'b0 == grp_nbwritereq_fu_160_p3) & (sinkState == ap_const_lv3_3) & (lbRxDataIn_V_data_V0_status == 1'b0)) | (~(grp_nbreadreq_fu_148_p5 == 1'b0) & ~(1'b0 == grp_nbwritereq_fu_160_p3) & (sinkState == ap_const_lv3_3) & (lb_packetBuffer_V_full_n == 1'b0)) | (~(grp_nbreadreq_fu_148_p5 == 1'b0) & ~(1'b0 == grp_nbwritereq_fu_160_p3) & (sinkState == ap_const_lv3_3) & ~(1'b0 == lbRxDataIn_V_last_V_dout) & (lb_lengthBuffer_V_V_full_n == 1'b0)) | ((sinkState == ap_const_lv3_2) & ~(grp_nbreadreq_fu_148_p5 == 1'b0) & ~(1'b0 == grp_nbwritereq_fu_160_p3) & ~(1'b0 == tmp_11_nbreadreq_fu_192_p3) & ~(1'b0 == tmp_13_nbwritereq_fu_200_p6) & ~(1'b0 == tmp_14_nbreadreq_fu_214_p3) & ~(1'b0 == tmp_15_nbwritereq_fu_222_p3) & (tagsIn_V_V_empty_n == 1'b0)) | ((sinkState == ap_const_lv3_2) & ~(grp_nbreadreq_fu_148_p5 == 1'b0) & ~(1'b0 == grp_nbwritereq_fu_160_p3) & ~(1'b0 == tmp_11_nbreadreq_fu_192_p3) & ~(1'b0 == tmp_13_nbwritereq_fu_200_p6) & ~(1'b0 == tmp_14_nbreadreq_fu_214_p3) & ~(1'b0 == tmp_15_nbwritereq_fu_222_p3) & (tagsOut_V_V_full_n == 1'b0)) | ((sinkState == ap_const_lv3_2) & ~(grp_nbreadreq_fu_148_p5 == 1'b0) & ~(1'b0 == grp_nbwritereq_fu_160_p3) & ~(1'b0 == tmp_11_nbreadreq_fu_192_p3) & ~(1'b0 == tmp_13_nbwritereq_fu_200_p6) & ~(1'b0 == tmp_14_nbreadreq_fu_214_p3) & ~(1'b0 == tmp_15_nbwritereq_fu_222_p3) & (lbRxMetadataIn_V_empty_n == 1'b0)) | ((sinkState == ap_const_lv3_2) & ~(grp_nbreadreq_fu_148_p5 == 1'b0) & ~(1'b0 == grp_nbwritereq_fu_160_p3) & ~(1'b0 == tmp_11_nbreadreq_fu_192_p3) & ~(1'b0 == tmp_13_nbwritereq_fu_200_p6) & ~(1'b0 == tmp_14_nbreadreq_fu_214_p3) & ~(1'b0 == tmp_15_nbwritereq_fu_222_p3) & (lb_metadataBuffer_V_s1_status == 1'b0)) | ((sinkState == ap_const_lv3_2) & ~(grp_nbreadreq_fu_148_p5 == 1'b0) & ~(1'b0 == grp_nbwritereq_fu_160_p3) & ~(1'b0 == tmp_11_nbreadreq_fu_192_p3) & ~(1'b0 == tmp_13_nbwritereq_fu_200_p6) & ~(1'b0 == tmp_14_nbreadreq_fu_214_p3) & ~(1'b0 == tmp_15_nbwritereq_fu_222_p3) & (lbRxDataIn_V_data_V0_status == 1'b0)) | ((sinkState == ap_const_lv3_2) & ~(grp_nbreadreq_fu_148_p5 == 1'b0) & ~(1'b0 == grp_nbwritereq_fu_160_p3) & ~(1'b0 == tmp_11_nbreadreq_fu_192_p3) & ~(1'b0 == tmp_13_nbwritereq_fu_200_p6) & ~(1'b0 == tmp_14_nbreadreq_fu_214_p3) & ~(1'b0 == tmp_15_nbwritereq_fu_222_p3) & (lb_packetBuffer_V_full_n == 1'b0)) | ((sinkState == ap_const_lv3_2) & ~(grp_nbreadreq_fu_148_p5 == 1'b0) & ~(1'b0 == grp_nbwritereq_fu_160_p3) & ~(1'b0 == tmp_11_nbreadreq_fu_192_p3) & ~(1'b0 == tmp_13_nbwritereq_fu_200_p6) & ~(1'b0 == tmp_14_nbreadreq_fu_214_p3) & ~(1'b0 == tmp_15_nbwritereq_fu_222_p3) & ~(1'b0 == lbRxDataIn_V_last_V_dout) & (lb_lengthBuffer_V_V_full_n == 1'b0)) | ((sinkState == ap_const_lv3_1) & ~(1'b0 == tmp_6_nbreadreq_fu_266_p3) & (lbPortOpenReplyIn_V_empty_n == 1'b0)) | ((ap_const_lv3_0 == sinkState) & ~(1'b0 == or_cond_i_fu_614_p2) & (lbRequestPortOpenOut_full_n == 1'b0)) | (real_start == 1'b0) | (ap_done_reg == 1'b1));
end

always @ (*) begin
    ap_condition_500 = ((ap_CS_fsm_state1 == 1'b1) & ~(grp_nbreadreq_fu_148_p5 == 1'b0) & ~(1'b0 == grp_nbwritereq_fu_160_p3) & ~(1'b0 == lbRxDataIn_V_last_V_dout) & ~(ap_condition_211 == 1'b1));
end

always @ (*) begin
    ap_condition_504 = ((sinkState == ap_const_lv3_2) & ~(1'b0 == tmp_11_nbreadreq_fu_192_p3) & ~(1'b0 == tmp_13_nbwritereq_fu_200_p6) & ~(1'b0 == tmp_14_nbreadreq_fu_214_p3) & ~(1'b0 == tmp_15_nbwritereq_fu_222_p3));
end

always @ (*) begin
    ap_condition_509 = ((ap_CS_fsm_state1 == 1'b1) & ~(grp_nbreadreq_fu_148_p5 == 1'b0) & ~(1'b0 == grp_nbwritereq_fu_160_p3) & ~(ap_condition_211 == 1'b1));
end

assign ap_ready = internal_ap_ready;

assign counter_V_1_fu_580_p2 = (tmp_19_cast_i_fu_568_p1 + factor_cast_i_cast_c_fu_572_p3);

assign counter_V_fu_461_p2 = (tmp_12_cast_i_fu_449_p1 + factor1_cast_i_cast_s_fu_453_p3);

assign factor1_cast_i_cast_s_fu_453_p3 = ((tmp_12_fu_437_p1[0:0] === 1'b1) ? ap_const_lv4_5 : ap_const_lv4_0);

assign factor_cast_i_cast_c_fu_572_p3 = ((tmp_17_fu_556_p1[0:0] === 1'b1) ? ap_const_lv4_5 : ap_const_lv4_0);

assign grp_nbreadreq_fu_148_p5 = (lbRxDataIn_V_data_V_empty_n & lbRxDataIn_V_keep_V_empty_n & lbRxDataIn_V_last_V_empty_n);

assign grp_nbwritereq_fu_160_p3 = lb_packetBuffer_V_full_n;

assign lbRequestPortOpenOut_din = ap_const_lv16_281;

assign lbRxDataIn_V_data_V0_status = (lbRxDataIn_V_data_V_empty_n & lbRxDataIn_V_keep_V_empty_n & lbRxDataIn_V_last_V_empty_n);

assign lbRxDataIn_V_data_V_read = lbRxDataIn_V_data_V0_update;

assign lbRxDataIn_V_keep_V_read = lbRxDataIn_V_data_V0_update;

assign lbRxDataIn_V_last_V_read = lbRxDataIn_V_data_V0_update;

assign lb_metadataBuffer_V_1_din = {{lbRxMetadataIn_V_dout[ap_const_lv32_2F : ap_const_lv32_10]}};

assign lb_metadataBuffer_V_1_write = lb_metadataBuffer_V_s1_update;

assign lb_metadataBuffer_V_3_din = lbRxMetadataIn_V_dout[15:0];

assign lb_metadataBuffer_V_3_write = lb_metadataBuffer_V_s1_update;

assign lb_metadataBuffer_V_4_din = {{lbRxMetadataIn_V_dout[ap_const_lv32_5F : ap_const_lv32_40]}};

assign lb_metadataBuffer_V_4_write = lb_metadataBuffer_V_s1_update;

assign lb_metadataBuffer_V_s1_status = (lb_metadataBuffer_V_s_full_n & lb_metadataBuffer_V_4_full_n & lb_metadataBuffer_V_3_full_n & lb_metadataBuffer_V_1_full_n);

assign lb_metadataBuffer_V_s_din = {{lbRxMetadataIn_V_dout[ap_const_lv32_3F : ap_const_lv32_30]}};

assign lb_metadataBuffer_V_s_write = lb_metadataBuffer_V_s1_update;

assign or_cond_i_fu_614_p0 = lbRequestPortOpenOut_full_n;

assign or_cond_i_fu_614_p2 = (or_cond_i_fu_614_p0 & tmp_2_i_fu_608_p2);

assign sinkState_load_load_fu_418_p1 = sinkState;

assign start_out = real_start;

assign tagsOut_V_V_din = tagsIn_V_V_dout;

assign tmp_11_nbreadreq_fu_192_p3 = lbRxMetadataIn_V_empty_n;

assign tmp_121_fu_545_p4 = {{{lbRxDataIn_V_last_V_dout}, {lbRxDataIn_V_keep_V_dout}}, {lbRxDataIn_V_data_V_dout}};

assign tmp_12_cast_i_fu_449_p1 = tmp_12_i_fu_441_p3;

assign tmp_12_fu_437_p1 = lbRxDataIn_V_keep_V_dout[0:0];

assign tmp_12_i_fu_441_p3 = {{tmp_12_fu_437_p1}, {tmp_12_fu_437_p1}};

assign tmp_13_nbwritereq_fu_200_p6 = (lb_metadataBuffer_V_s_full_n & lb_metadataBuffer_V_4_full_n & lb_metadataBuffer_V_3_full_n & lb_metadataBuffer_V_1_full_n);

assign tmp_14_i_fu_467_p1 = counter_V_fu_461_p2;

assign tmp_14_nbreadreq_fu_214_p3 = tagsIn_V_V_empty_n;

assign tmp_15_nbwritereq_fu_222_p3 = tagsOut_V_V_full_n;

assign tmp_17_fu_556_p1 = lbRxDataIn_V_keep_V_dout[0:0];

assign tmp_19_cast_i_fu_568_p1 = tmp_19_i_fu_560_p3;

assign tmp_19_i_fu_560_p3 = {{tmp_17_fu_556_p1}, {tmp_17_fu_556_p1}};

assign tmp_20_i_fu_586_p1 = counter_V_1_fu_580_p2;

assign tmp_228_fu_426_p4 = {{{lbRxDataIn_V_last_V_dout}, {lbRxDataIn_V_keep_V_dout}}, {lbRxDataIn_V_data_V_dout}};

assign tmp_2_i_fu_608_p2 = ((openPortWaitTime_V == ap_const_lv32_0) ? 1'b1 : 1'b0);

assign tmp_3_i_fu_620_p2 = ($signed(openPortWaitTime_V) + $signed(ap_const_lv32_FFFFFFFF));

assign tmp_5_i_fu_495_p2 = (wait_r + ap_const_lv8_1);

assign tmp_6_nbreadreq_fu_266_p3 = lbPortOpenReplyIn_V_empty_n;

assign tmp_V_2_fu_590_p2 = (tmp_20_i_fu_586_p1 + lbPacketLength);

assign tmp_V_fu_471_p2 = (tmp_14_i_fu_467_p1 + lbPacketLength);

assign tmp_i_fu_483_p2 = (($signed(wait_r) < $signed(8'b110010)) ? 1'b1 : 1'b0);

endmodule //rxPath